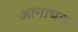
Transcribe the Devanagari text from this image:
आनाचक